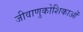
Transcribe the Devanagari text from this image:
जीवाणुकोशिकाओं